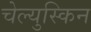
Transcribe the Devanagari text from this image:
चेल्युस्किन